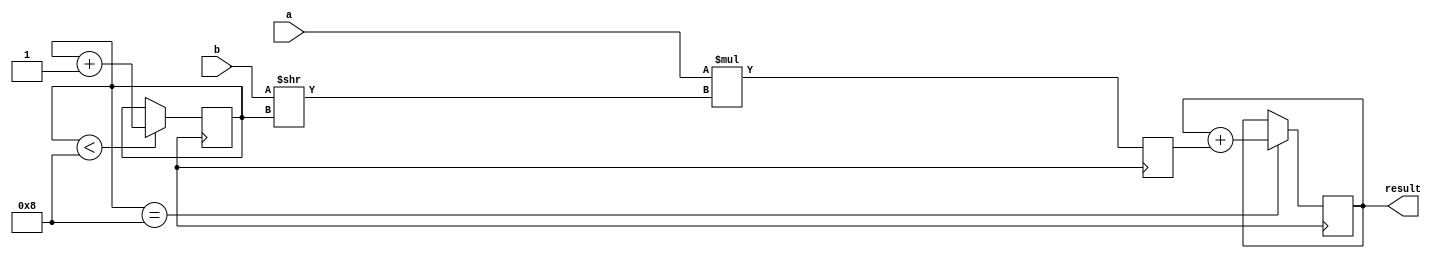
module Multiplier(
    input [7:0] a,
    input [7:0] b,
    output reg [15:0] result
);

reg [7:0] partial_product;
reg [3:0] shift_count;

always @ (posedge clk) begin
    partial_product <= a * (b >> shift_count);
    
    if(shift_count < 8)
        shift_count <= shift_count + 1;
    
    if(shift_count == 8)
        result <= result + partial_product;
end

endmodule